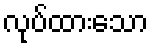
လုပ်ထားသော